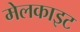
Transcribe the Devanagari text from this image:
मेलकाइट